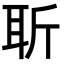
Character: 𦕄